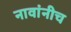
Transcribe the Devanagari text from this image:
नावांनीच